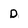
Character: D